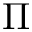
\Pi